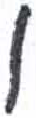
אות: ו